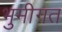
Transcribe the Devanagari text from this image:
भुमीगत